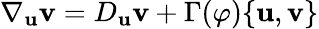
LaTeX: \nabla_{\mathbf{u}}{\mathbf{v}}=D_{\mathbf{u}}{\mathbf{v}}+\Gamma(\varphi)\{ {\mathbf{u}},{\mathbf{v}}\}